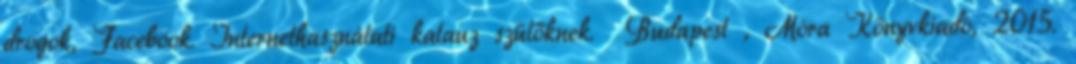
drogok, Facebook. Internethasználati kalauz szülőknek. Budapest , Móra Könyvkiadó, 2015.